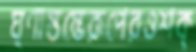
ঘৃণাস্তম্ভেরূপেরওশক্